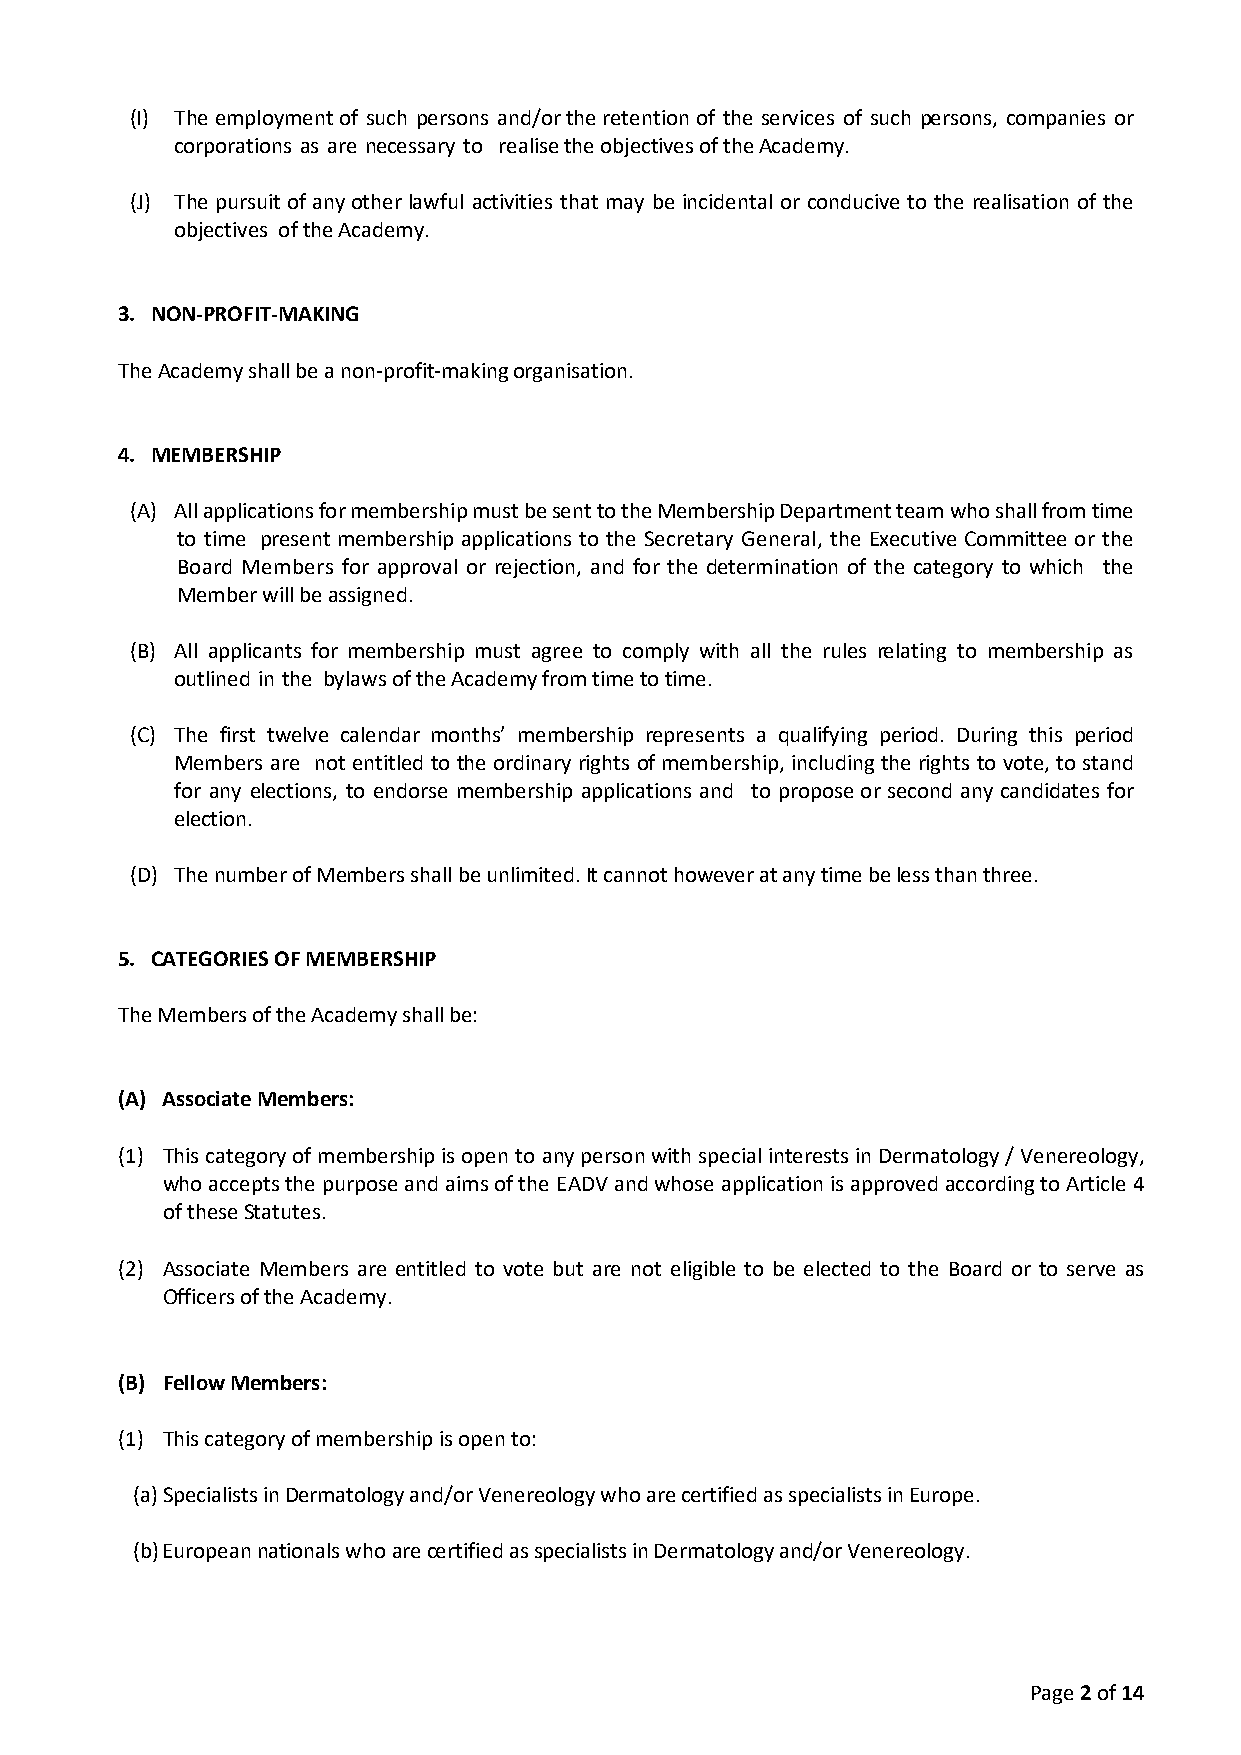
(I) The employment of such persons and/or the retention of the services of such persons, companies or
 corporations as are necessary to realise the objectives of the Academy.
 (J) The pursuit of any other lawful activities that may be incidental or conducive to the realisation of the
 objectives of the Academy.
 3. NON-PROFIT-MAKING
 The Academy shall be a non-profit-making organisation.
 4. MEMBERSHIP
 (A) All applications for membership must be sent to the Membership Department team who shall from time
 to time present membership applications to the Secretary General, the Executive Committee or the
 Board Members for approval or rejection, and for the determination of the category to which the
 Member will be assigned.
 (B) All applicants for membership must agree to comply with all the rules relating to membership as
 outlined in the bylaws of the Academy from time to time.
 (C) The first twelve calendar months’ membership represents a qualifying period. During this period
 Members are not entitled to the ordinary rights of membership, including the rights to vote, to stand
 for any elections, to endorse membership applications and to propose or second any candidates for
 election.
 (D) The number of Members shall be unlimited. It cannot however at any time be less than three.
 5. CATEGORIES OF MEMBERSHIP
 The Members of the Academy shall be:
 (A) Associate Members:
 (1) This category of membership is open to any person with special interests in Dermatology / Venereology,
 who accepts the purpose and aims of the EADV and whose application is approved according to Article 4
 of these Statutes.
 (2) Associate Members are entitled to vote but are not eligible to be elected to the Board or to serve as
 Officers of the Academy.
 (B) Fellow Members:
 (1) This category of membership is open to:
 (a) Specialists in Dermatology and/or Venereology who are certified as specialists in Europe.
 (b) European nationals who are certified as specialists in Dermatology and/or Venereology.
 Page 2 of 14